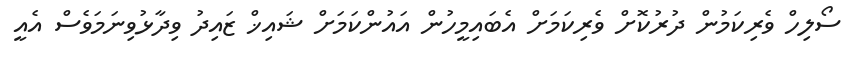
ސޯލިހް ވެރިކަމުން ދުރުކޮށް ވެރިކަމަށް އެބައިމީހުން އައުންކަމަށް ޝައިޚް ޒައިދު ވިދާޅުވިނަމަވެސް އެއީ